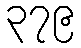
၃၇၉